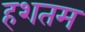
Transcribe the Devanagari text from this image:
हशतम